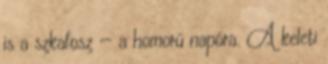
is a szkafosz — a homorú napóra. A keleti